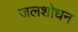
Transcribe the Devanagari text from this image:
जलशोधन